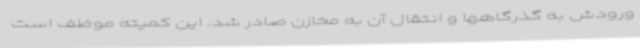
ورودش به گذرگاهها و انتقال آن به مخازن صادر شد. این کمیته موظف است